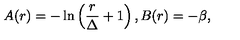
A ( r ) = - \ln \left( { \frac { r } { \Delta } } + 1 \right) , B ( r ) = - \beta ,